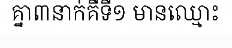
គ្នា៣នាក់គឺទី១ មានឈ្មោះ